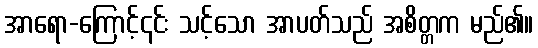
အာရော-ကြောင့်၎င်း သင့်သော အာပတ်သည် အစိတ္တက မည်၏။